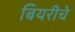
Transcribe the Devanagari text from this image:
बियरीचे